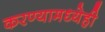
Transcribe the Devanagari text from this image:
करण्यामध्येही